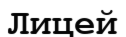
Лицей